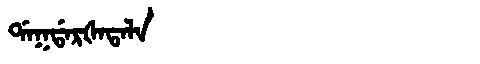
Manchu: ᡩᠠᡴᡩᠠᡵᡧᠠᡨᠠᠯᠠ
Romanization: DAKDARŠATALA